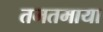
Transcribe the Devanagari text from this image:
तमतमाया